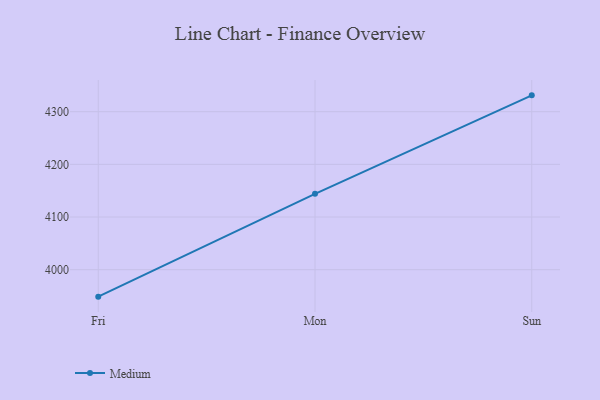
{"axis": {"x": "Day", "y": "Demand Index"}, "legend": ["Medium"], "data": [{"x": "Fri", "y": 3948.8, "type": "Medium"}, {"x": "Mon", "y": 4144.1, "type": "Medium"}, {"x": "Sun", "y": 4331.0, "type": "Medium"}]}